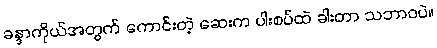
ခန္ဒာကိုယ်အတွက် ကောင်းတဲ့ ဆေးက ပါးစပ်ထဲ ခါးတာ သဘာဝပဲ။